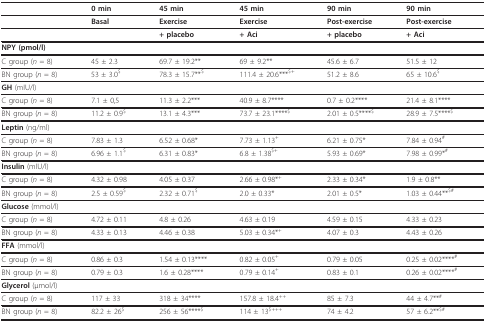
<table><thead><tr><td></td><td><b>0 min</b></td><td><b>45 min</b></td><td><b>45 min</b></td><td><b>90 min</b></td><td><b>90 min</b></td></tr></thead><tbody><tr><td></td><td><b>Basal</b></td><td><b>Exercise</b></td><td><b>Exercise</b></td><td><b>Post-exercise</b></td><td><b>Post-exercise</b></td></tr><tr><td></td><td></td><td><b>+ placebo</b></td><td><b>+ Aci</b></td><td><b>+ placebo</b></td><td><b>+ Aci</b></td></tr><tr><td><b>NPY </b>(pmol/l)</td><td></td><td></td><td></td><td></td><td></td></tr><tr><td>C group (<i>n </i>= 8)</td><td>45 ± 2.3</td><td>69.7 ± 19.2**</td><td>69 ± 9.2**</td><td>45.6 ± 6.7</td><td>51.5 ± 12</td></tr><tr><td>BN group (<i>n </i>= 8)</td><td>53 ± 3.0<sup>$</sup></td><td>78.3 ± 15.7**<sup>$</sup></td><td>111.4 ± 20.6***<sup>$</sup><sup>+</sup></td><td>51.2 ± 8.6</td><td>65 ± 10.6<sup>$</sup></td></tr><tr><td><b>GH </b>(mIU/l)</td><td></td><td></td><td></td><td></td><td></td></tr><tr><td>C group (<i>n </i>= 8)</td><td>7.1 ± 0,5</td><td>11.3 ± 2.2***</td><td>40.9 ± 8.7****</td><td>0.7 ± 0.2****</td><td>21.4 ± 8.1****</td></tr><tr><td>BN group (<i>n </i>= 8)</td><td>11.2 ± 0.9<sup>$</sup></td><td>13.1 ± 4.3***</td><td>73.7 ± 23.1****<sup>$</sup></td><td>2.01 ± 0.5****<sup>$</sup></td><td>28.9 ± 7.5****<sup>$</sup></td></tr><tr><td><b>Leptin </b>(ng/ml)</td><td></td><td></td><td></td><td></td><td></td></tr><tr><td>C group (<i>n </i>= 8)</td><td>7.83 ± 1.3</td><td>6.52 ± 0.68*</td><td>7.73 ± 1.13<sup>+</sup></td><td>6.21 ± 0.75*</td><td>7.84 ± 0.94<sup>#</sup></td></tr><tr><td>BN group (<i>n </i>= 8)</td><td>6.96 ± 1.1<sup>$</sup></td><td>6.31 ± 0.83*</td><td>6.8 ± 1.38<sup>$</sup><sup>+</sup></td><td>5.93 ± 0.69*</td><td>7.98 ± 0.99*<sup>#</sup></td></tr><tr><td><b>Insulin </b>(mIU/l)</td><td></td><td></td><td></td><td></td><td></td></tr><tr><td>C group (<i>n </i>= 8)</td><td>4.32 ± 0.98</td><td>4.05 ± 0.37</td><td>2.66 ± 0.98*<sup>+</sup></td><td>2.33 ± 0.34*</td><td>1.9 ± 0.8**</td></tr><tr><td>BN group (<i>n </i>= 8)</td><td>2.5 ± 0.59<sup>$</sup></td><td>2.32 ± 0.71<sup>$</sup></td><td>2.0 ± 0.33*</td><td>2.01 ± 0.5*</td><td>1.03 ± 0.44**<sup>$#</sup></td></tr><tr><td><b>Glucose </b>(mmol/l)</td><td></td><td></td><td></td><td></td><td></td></tr><tr><td>C group (<i>n </i>= 8)</td><td>4.72 ± 0.11</td><td>4.8 ± 0.26</td><td>4.63 ± 0.19</td><td>4.59 ± 0.15</td><td>4.33 ± 0.23</td></tr><tr><td>BN group (<i>n </i>= 8)</td><td>4.33 ± 0.13</td><td>4.46 ± 0.38</td><td>5.03 ± 0.34*<sup>+</sup></td><td>4.07 ± 0.3</td><td>4.43 ± 0.26</td></tr><tr><td><b>FFA </b>(mmol/l)</td><td></td><td></td><td></td><td></td><td></td></tr><tr><td>C group (<i>n </i>= 8)</td><td>0.86 ± 0.3</td><td>1.54 ± 0.13****</td><td>0.82 ± 0.05<sup>+</sup></td><td>0.79 ± 0.05</td><td>0.25 ± 0.02****<sup>#</sup></td></tr><tr><td>BN group (<i>n </i>= 8)</td><td>0.79 ± 0.3</td><td>1.6 ± 0.28****</td><td>0.79 ± 0.14<sup>+</sup></td><td>0.83 ± 0.1</td><td>0.26 ± 0.02****<sup>#</sup></td></tr><tr><td><b>Glycerol </b>(μmol/l)</td><td></td><td></td><td></td><td></td><td></td></tr><tr><td>C group (<i>n </i>= 8)</td><td>117 ± 33</td><td>318 ± 34****</td><td>157.8 ± 18.4<sup>++</sup></td><td>85 ± 7.3</td><td>44 ± 4.7**<sup>#</sup></td></tr><tr><td>BN group (<i>n </i>= 8)</td><td>82.2 ± 26<sup>$</sup></td><td>256 ± 56****<sup>$</sup></td><td>114 ± 13<sup>$+++</sup></td><td>74 ± 4.2</td><td>57 ± 6.2**<sup>$#</sup></td></tr></tbody></table>